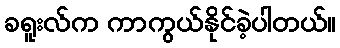
ခရူးလ်က ကာကွယ်နိုင်ခဲ့ပါတယ်။